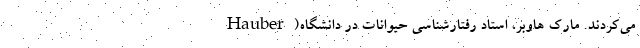
Hauber)می‌کردند. مارک هاوبر، استاد رفتارشناسی حیوانات در دانشگاه